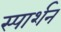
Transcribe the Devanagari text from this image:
स्पार्शन